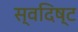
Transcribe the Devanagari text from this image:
स्वदिष्ट